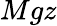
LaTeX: Mgz